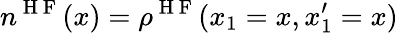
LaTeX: n^{\mathrm{~H~F~}}(x)=\rho^{\mathrm{~H~F~}}(x_{1}=x,x_{1}^{\prime}=x)